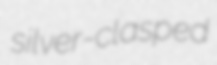
silver-clasped